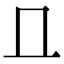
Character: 𠀃